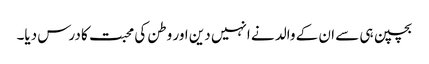
بچپن ہی سے ان کے والد نے انہیں دین اور وطن کی محبت کا درس دیا۔